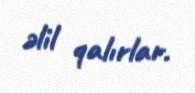
əlil qalırlar.